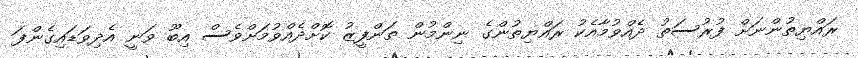
ރައްޔިތުންނަށް ފުރުސަތު ދެއްވުމާއެކު ރައްޔިތުންގެ ނިންމުން ތަންފީޒު ކޮށްދެއްވުމަށްވެސް އިބޫ ވަނީ އެދިވަޑައިގެންފަ